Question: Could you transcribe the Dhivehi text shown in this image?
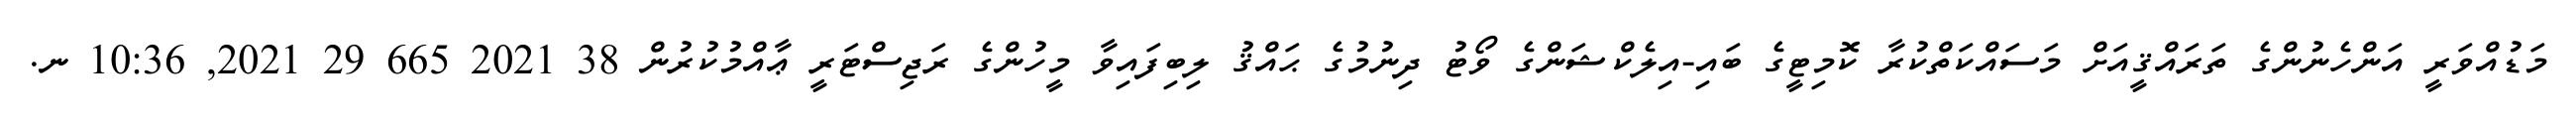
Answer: މަޑުއްވަރީ އަންހެނުންގެ ތަރައްޤީއަށް މަސައްކަތްކުރާ ކޮމިޓީގެ ބައި-އިލެކްޝަންގެ ވޯޓު ދިނުމުގެ ޙައްޤު ލިބިފައިވާ މީހުންގެ ރަޖިސްޓަރީ ޢާއްމުކުރުން 38 2021 665 29 2021, 10:36 ނ.